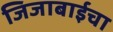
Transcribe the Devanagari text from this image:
जिजाबाईचा